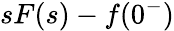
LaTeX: sF(s)-f(0^{-})